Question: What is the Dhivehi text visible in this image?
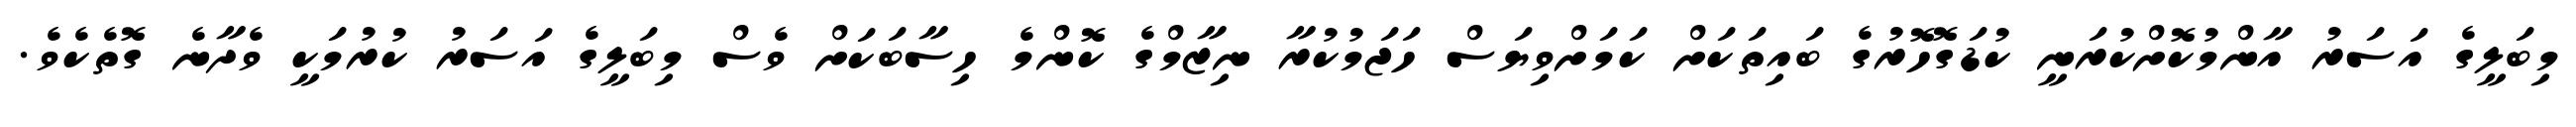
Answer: މިބަލީގެ އަސަރު އާންމުކޮށްކުރަނީ ކުޑަގޮހޮރުގެ ބައިތަކަށް ކަމަށްވިޔަސް ހަޖަމުކުރާ ނިޒާމްގެ ކޮންމެ ހިސާބަކަށް ވެސް މިބަލީގެ އަސަރު ކުރުމަކީ ވެދާނެ ގޮތެކެވެ.